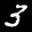
Label: 3